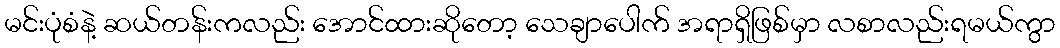
မင်းပုံစံနဲ့ ဆယ်တန်းကလည်း အောင်ထားဆိုတော့ သေချာပေါက် အရာရှိဖြစ်မှာ လစာလည်းရမယ်ကွာ